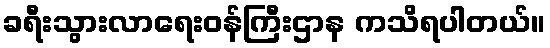
ခရီးသွားလာရေးဝန်ကြီးဌာန ကသိရပါတယ်။